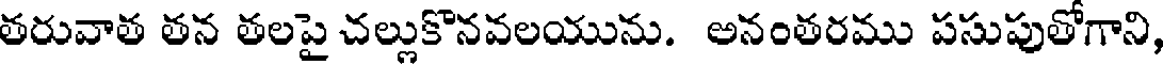
తరువాత తన తలపై చల్లుకొనవలయును. అనంతరము పసుపుతోగాని,